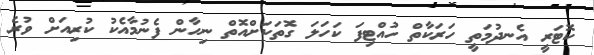
ކޮޓަރީ އެނދުމަތީ ހަރަކާތް ހުއްޓިފަ ކަހަލަ ގޮތަކަށްއޮތް ނިހާން ފެނުމާއެކު ކުރިއަށް ވުރެ